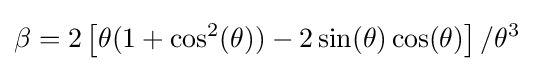
\beta =2\left[\theta (1+\cos ^{2}(\theta ))-2\sin(\theta )\cos(\theta )\right]/\theta ^{3}